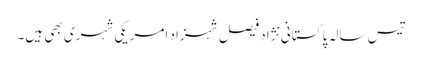
تیس سالہ پاکستانی نژاد فیصل شہزاد امریکی شہری بھی ہیں۔